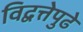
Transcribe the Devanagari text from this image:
विद्वत्तेपुढे